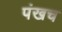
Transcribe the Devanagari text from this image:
पंखच